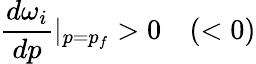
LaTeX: \frac{d\omega_{i}}{dp}|_{p=p_{f}}>0\quad(<0)